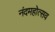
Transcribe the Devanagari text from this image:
नंदमहोत्सव